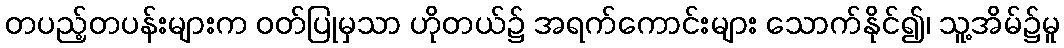
တပည့်တပန်းများက ဝတ်ပြုမှသာ ဟိုတယ်၌ အရက်ကောင်းများ သောက်နိုင်၍၊ သူ့အိမ်၌မူ